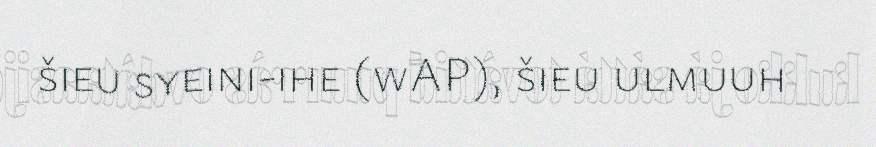
šieu syeini-ihe (wAP), šieu ulmuuh